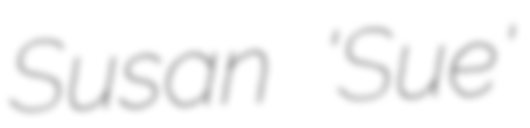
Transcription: Susan 'Sue'